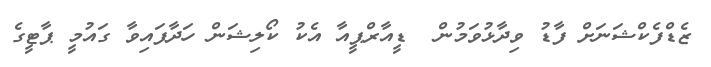
ޒެޑްފެކްޝަނަށް ފާޑު ވިދާޅުވަމުން  ޑީއާރްޕީއާ އެކު ކޯލިޝަން ހަދާފައިވާ ގައުމީ ޕާޓީގެ